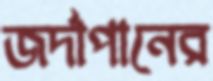
জর্দাপানের